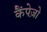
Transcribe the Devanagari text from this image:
कैंपेज़ो